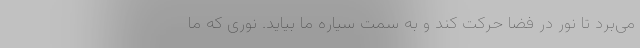
می‌برد تا نور در فضا حرکت کند و به سمت سیاره ما بیاید. نوری که ما